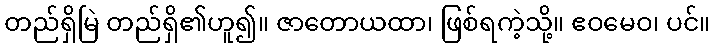
တည်ရှိမြဲ တည်ရှိ၏ဟူ၍။ ဇာတောယထာ၊ ဖြစ်ရကဲ့သို့။ ဧဝမေဝ၊ ပင်။